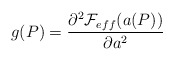
\begin{align*}g(P)= \frac {\partial ^{2} {\cal F}_{eff}(a(P))}{\partial a^{2}}\end{align*}